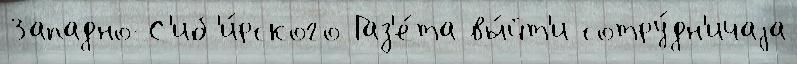
Западно-С'иб'и́рского Газ'е́та вы́йт'и сотру́дн'ичаjа